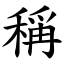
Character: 稱